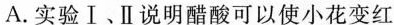
A.实验Ⅰ、Ⅱ说明醋酸可以使小花变红